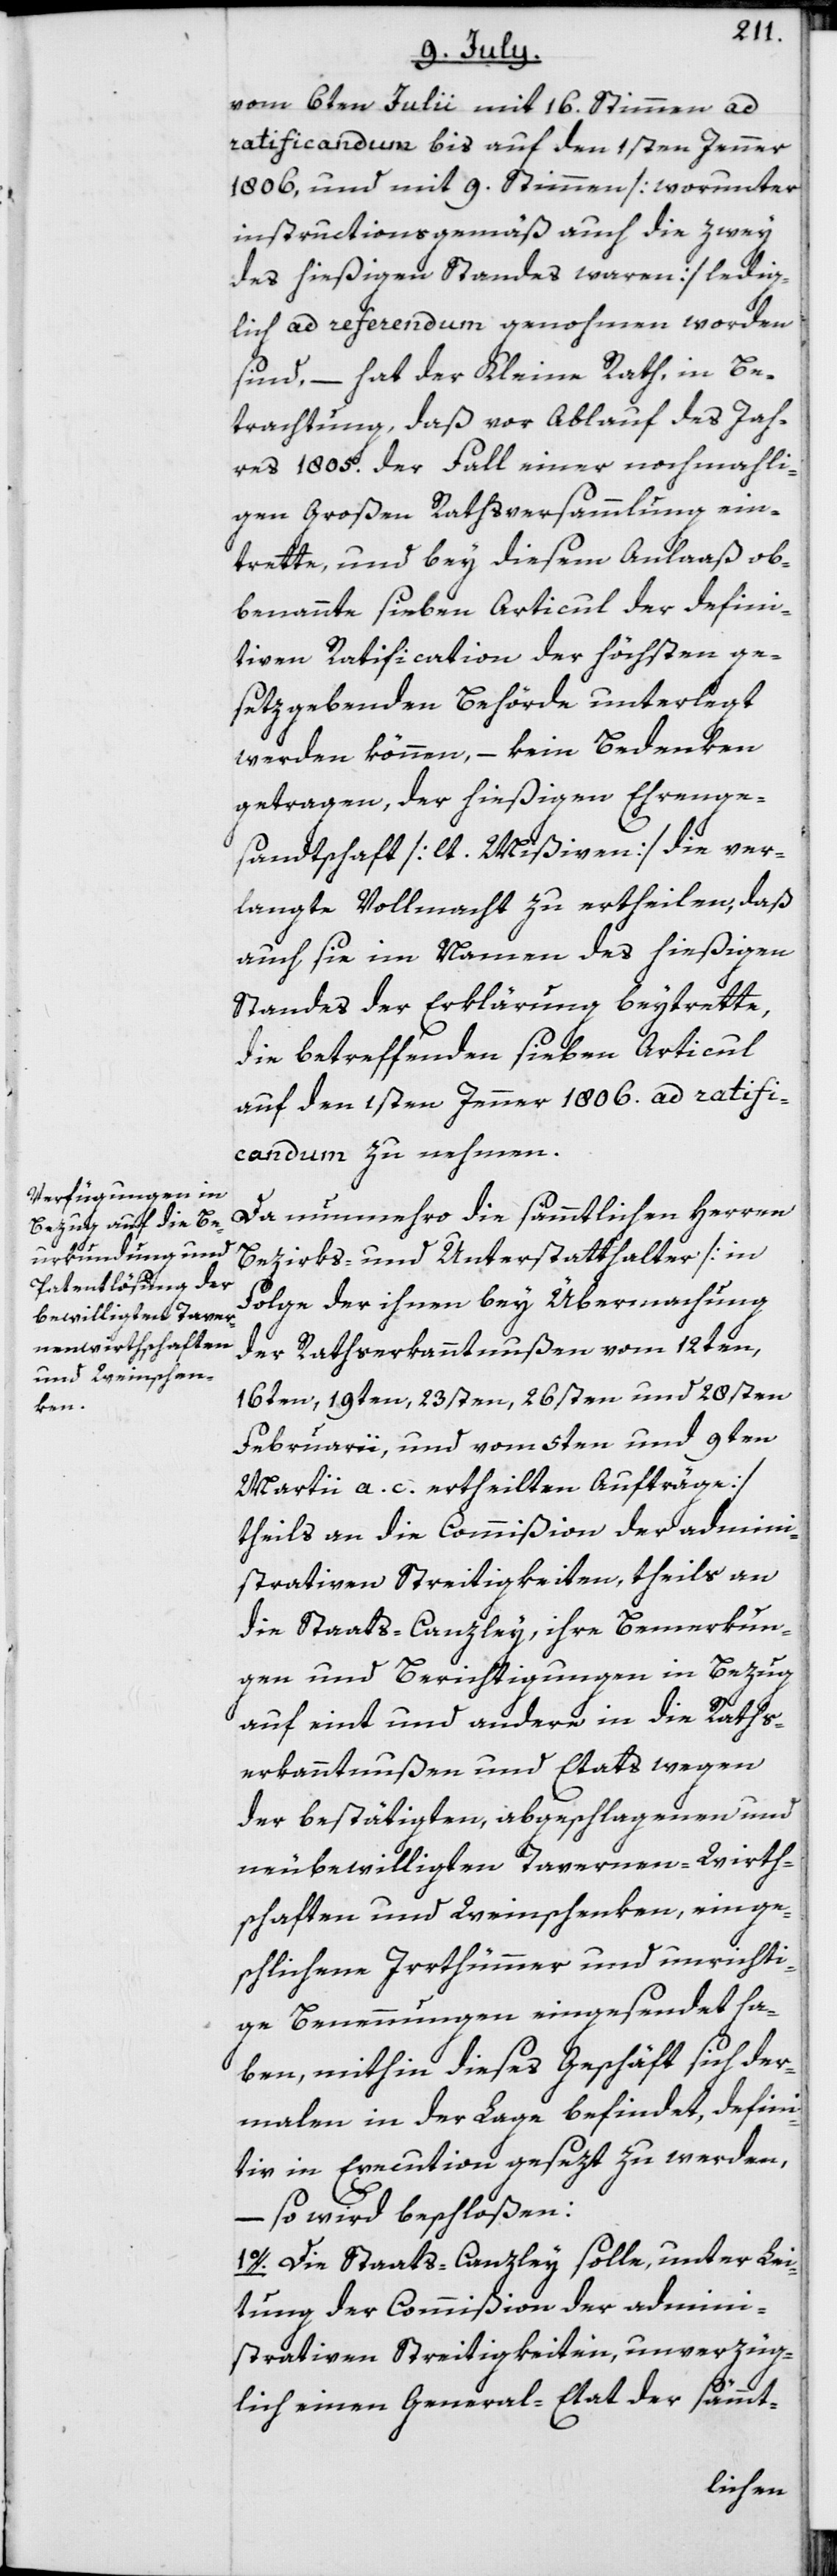
vom 6ten Julii mit 16. Stimmen ad
ratificandum bis auf den 1sten Jenner
1806, und mit 9. Stimmen [worunter
instructionsgemäß auch die zwey
des hießigen Standes waren] ledig¬
lich ad referendum genohmen worden
sind, – hat der Kleine Rath, in Be¬
trachtung, daß vor Ablauf des Jah¬
res 1805. der Fall einer nochmahli¬
gen Großen Rathsversammlung ein¬
trette, und bey diesem Anlaaß ob¬
benannte sieben Articul der defini¬
tiven Ratification der höchsten ge¬
setzgebenden Behörde unterlegt
werden können, – kein Bedenken
getragen, der hießigen Ehrenge¬
sandtschaft [lt. Mißiven] die ver¬
langte Vollmacht zu ertheilen, daß
auch sie im Namen des hießigen
Standes der Erklärung beytrette,
die betreffenden sieben Articul
auf den 1sten Jenner 1806. ad ratifi¬
candum zu nehmen.
Da nunmehro die sämmtlichen Herren
Bezirks- und Unterstatthalter [in
Folge der ihnen bey Übermachung
der Rathserkanntnußen vom 12ten,
16ten, 19ten, 23sten, 26sten und 28sten
Februarii, und vom 5ten und 9ten
Martii a. c. ertheilten Aufträge]
theils an die Commißion der admini¬
strativen Streitigkeiten, theils an
die Staats-Canzley, ihre Bemerkun¬
gen und Berichtigungen in Bezug
auf eint und andere in die Raths¬
erkanntnußen und Etats wegen
der bestätigten, abgeschlagenen und
neubewilligten Tavernen-Wirth¬
schaften und Weinschenken, einge¬
schlichene Irrthümmer und unrichti¬
ge Benennungen eingesendet ha¬
ben, mithin dieses Geschäft sich der¬
malen in der Lage befindet, defini¬
tiv in Execution gesezt zu werden,
– so wird beschloßen:
1o. Die Staats-Canzley solle, unter Lei¬
tung der Commißion der admini¬
strativen Streitigkeiten, unverzüg¬
lich einen General-Etat der sämmt-